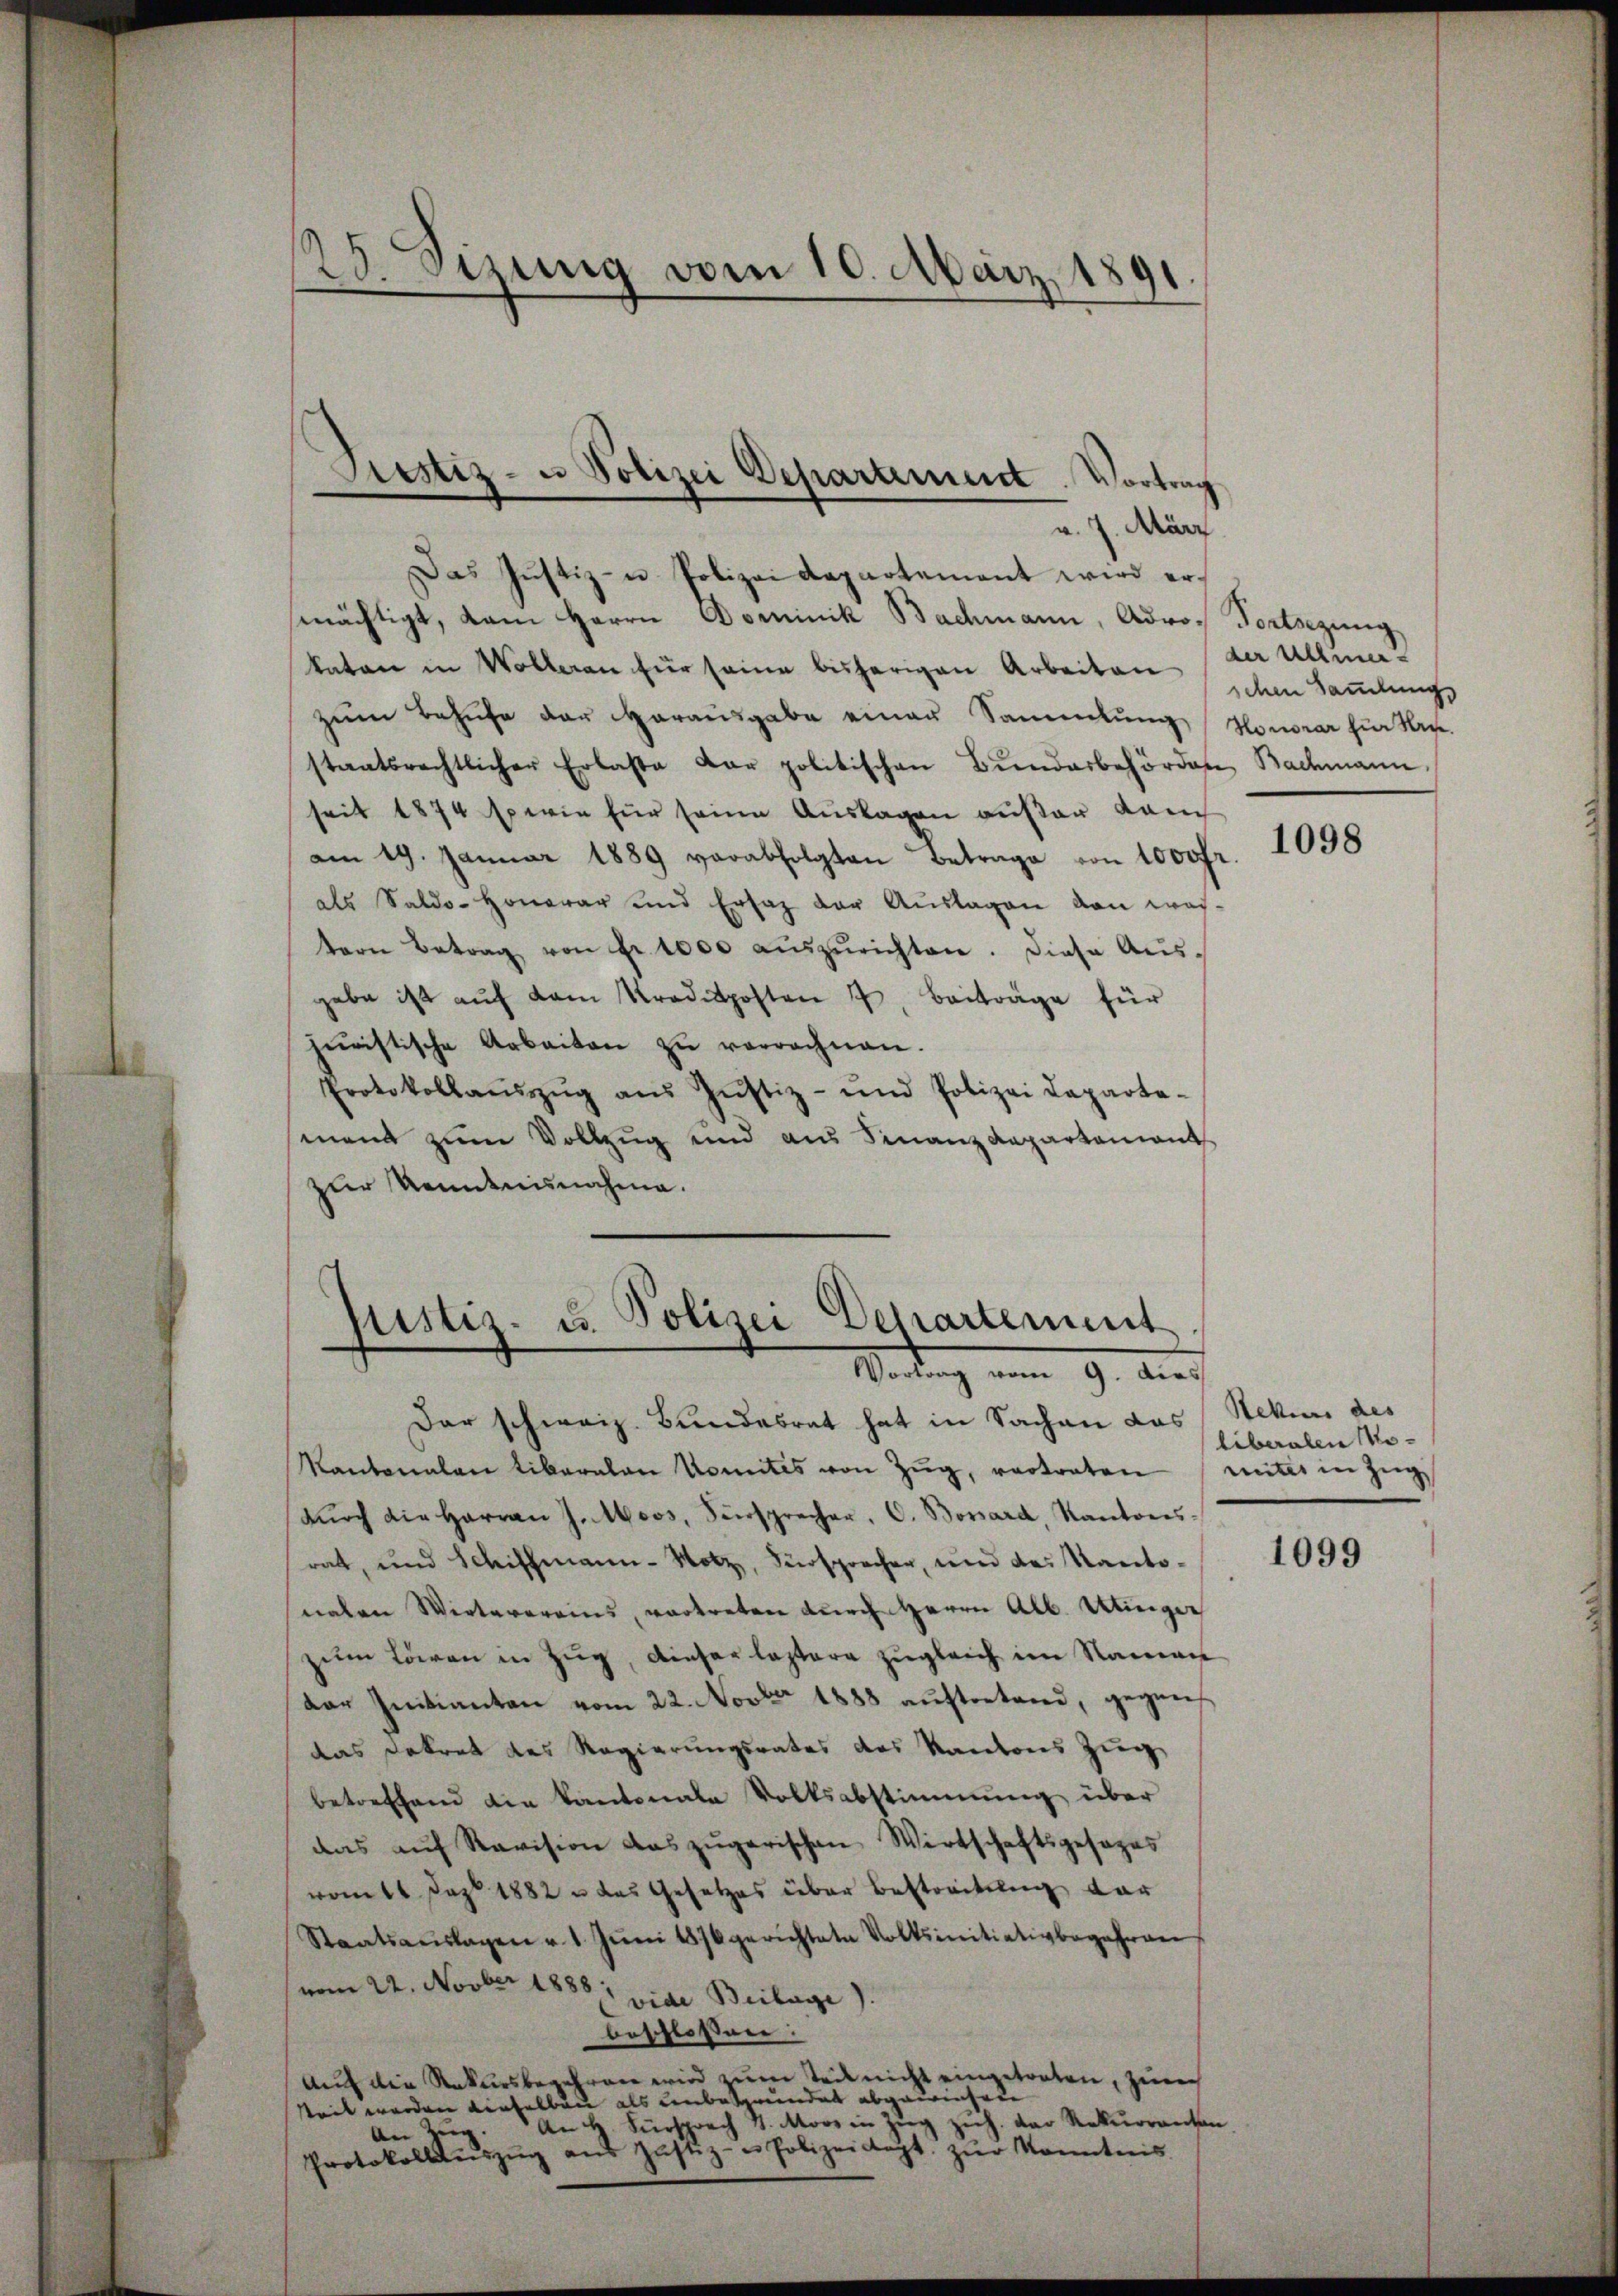
28. Jung vom 10. März 1891

v. 7. März
Das Justiz- u Polizei Repartement wird ermächtigt, dam Herrn Dominik Bachmann, Adro¬ Fortsezung
katen in Wolleran für seine bisherigen Arbeiten der Allem
zŭm Behufe der Harausgabe einer Sammlung Honorar für Rege
staatsrechtlicher Erlaste dar politischen Bŭndarbehörden Bachmann,
seit 1874 sein für seine Auslagen außer dam
am 19. Januar 1889 verabfolgten Betrage von 1000fr
als Saldo-Honorar und Ersatz der Aŭslagen von wastern Betrag von Fr. 1000 aŭszŭrichten. Diese Aŭs-
gabe ist aŭf dem Traditposten 7. Beiträge für
juristische Arbeiten zŭ verrechnen.
Protokollaŭszŭg aŭs Jŭstiz- und Polizei Daparte-
sment zum Vollzug und aus Finanzdepartement
zur Kenntnisnahme.
Dar schweiz. Bundesrat hat in Sachen das Sekurs des
Kantonalen Liberalen Komites von Zŭg, vertreten (unter in Zug
dŭrch die Harran J. Moos, Fürsprecher, C. Bossard, Kantons-
rat, und Schiffmann-Notz, Fürsprecher, und das Kantonahen Wirterereins, vortreten durch Herrn Alb. Utinger
zum Löwen in Zug, dieser leztere zugleich im Namen
dar Initianten vom 22. Novbr 1888 auftretend, gegens
das Dekret des Regierungsrates des Kantons Zug,
betreffend die Kantonale Volksabstimmung über
das aŭf Revision das zŭgerischen Wirtschaftsgesezes
vom 16 Jahr 1882 u das Gesetzes über Bestreitung vor
Staatsaŭslagen v. 1. Jŭni 1876 gerichtete Volksinitiativbegehren
vom 22. Novber 1888, vide Beilage).
beschlossen:
Auf die Rekursbegehren wird zum Teil nicht eingetreten, zu
teit werden verselben als unbesgrundet abgewiesere
An 2. An u. Fürsprach d. Moos in Zŭg zŭh. der Rekurranton
Protokollaŭszŭg aŭs zŭstiz- u Polizeidigt zŭr Kenntnis

Prestiz- u. Polizei Departement. Vortrag

Justiz- u. Polizei Departement
Wodung vom 9. Auch

schen Samlungs

1098

liberalen Mo¬

1099